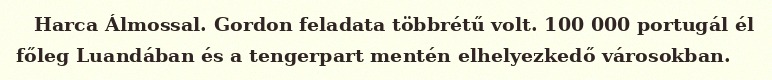
Harca Álmossal. Gordon feladata többrétű volt. 100 000 portugál él főleg Luandában és a tengerpart mentén elhelyezkedő városokban.